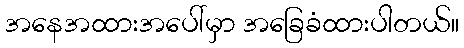
အနေအထားအပေါ်မှာ အခြေခံထားပါတယ်။